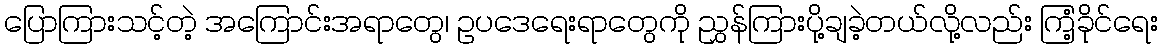
ပြောကြားသင့်တဲ့ အကြောင်းအရာတွေ၊ ဥပဒေရေးရာတွေကို ညွှန်ကြားပို့ချခဲ့တယ်လို့လည်း ကြံ့ခိုင်ရေး